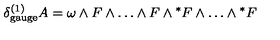
\delta _ { \mathrm { g a u g e } } ^ { ( 1 ) } A = \omega \wedge F \wedge \dots \wedge F \wedge { ^ * F } \wedge \dots \wedge { ^ * F }